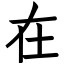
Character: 在